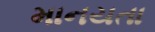
માનયતા